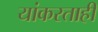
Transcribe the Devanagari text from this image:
यांकरताही